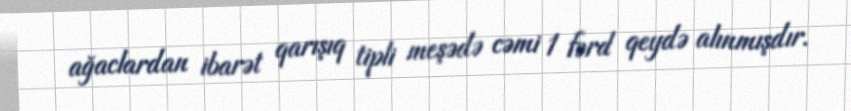
ağaclardan ibarət qarışıq tipli meşədə cəmi 1 fərd qeydə alınmışdır.